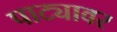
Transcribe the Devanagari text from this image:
पाट्यावर